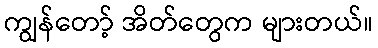
ကျွန်တော့် အိတ်တွေက များတယ်။